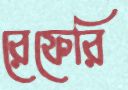
রেফেরি